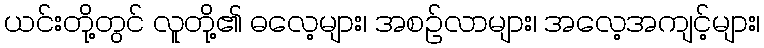
ယင်းတို့တွင် လူတို့၏ ဓလေ့များ၊ အစဉ်လာများ၊ အလေ့အကျင့်များ၊